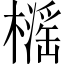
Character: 𱤤